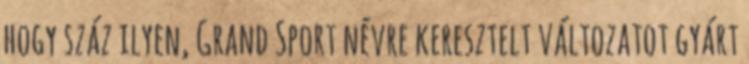
hogy száz ilyen, Grand Sport névre keresztelt változatot gyárt